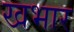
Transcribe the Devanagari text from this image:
खभार